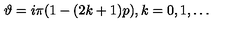
\vartheta = i \pi ( 1 - ( 2 k + 1 ) p ) , k = 0 , 1 , \ldots